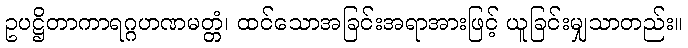
ဥပဋ္ဌိတာကာရဂ္ဂဟဏမတ္တံ၊ ထင်သောအခြင်းအရာအားဖြင့် ယူခြင်းမျှသာတည်း။